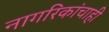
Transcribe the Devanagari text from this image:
नागरिकांचाही